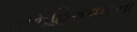
સામૂહિકવાદના